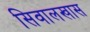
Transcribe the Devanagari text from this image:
सिवालखास